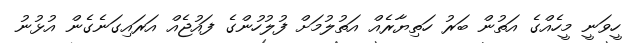
ހީވަނީ މީހެއްގެ އަތުން ބަރު ހަތިޔާރެއް އަތުލުމަށް ފުލުހުންގެ ފައުޖެއް އަރައިގަނެގެން އުޅުނު